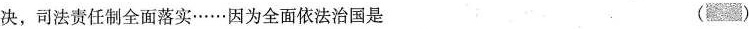
决，司法责任制全面落实……因为全面依法治国是 ( )